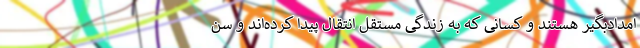
امدادبگیر هستند و کسانی که به زندگی مستقل انتقال پیدا کرده‌اند و سن